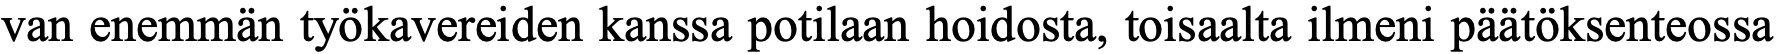
van enemmän työkavereiden kanssa potilaan hoidosta, toisaalta ilmeni päätöksenteossa